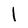
Character: l